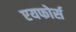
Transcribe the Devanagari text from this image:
एयफोर्स